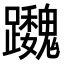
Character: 𨇷